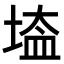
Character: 𡎌